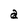
Character: a